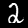
Digit: 2